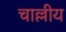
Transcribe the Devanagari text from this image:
चाल्लीय